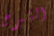
التبرع